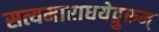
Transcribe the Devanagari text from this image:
सत्यमाराधयेद्गुरुम्